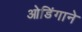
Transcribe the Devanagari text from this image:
ओडिंगाने